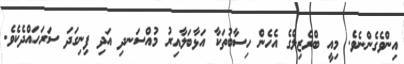
އިންވެގެންނެވެ. މިއީ ބްރެޒިލްގެ އެހެން ހިސާބުތަކާ އަޅާބަލާއިރު މުއްސަނދި އަދި ފިނިގަދަ ސަރަހައްދެކެވެ.